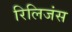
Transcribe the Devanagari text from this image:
रिलिजंस